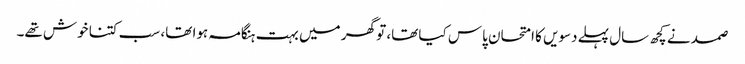
صمد نے کچھ سال پہلے دسویں کا امتحان پاس کیا تھا، تو گھر میں بہت ہنگامہ ہوا تھا، سب کتنا خوش تھے۔